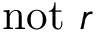
\mathrm { n o t } ~ r